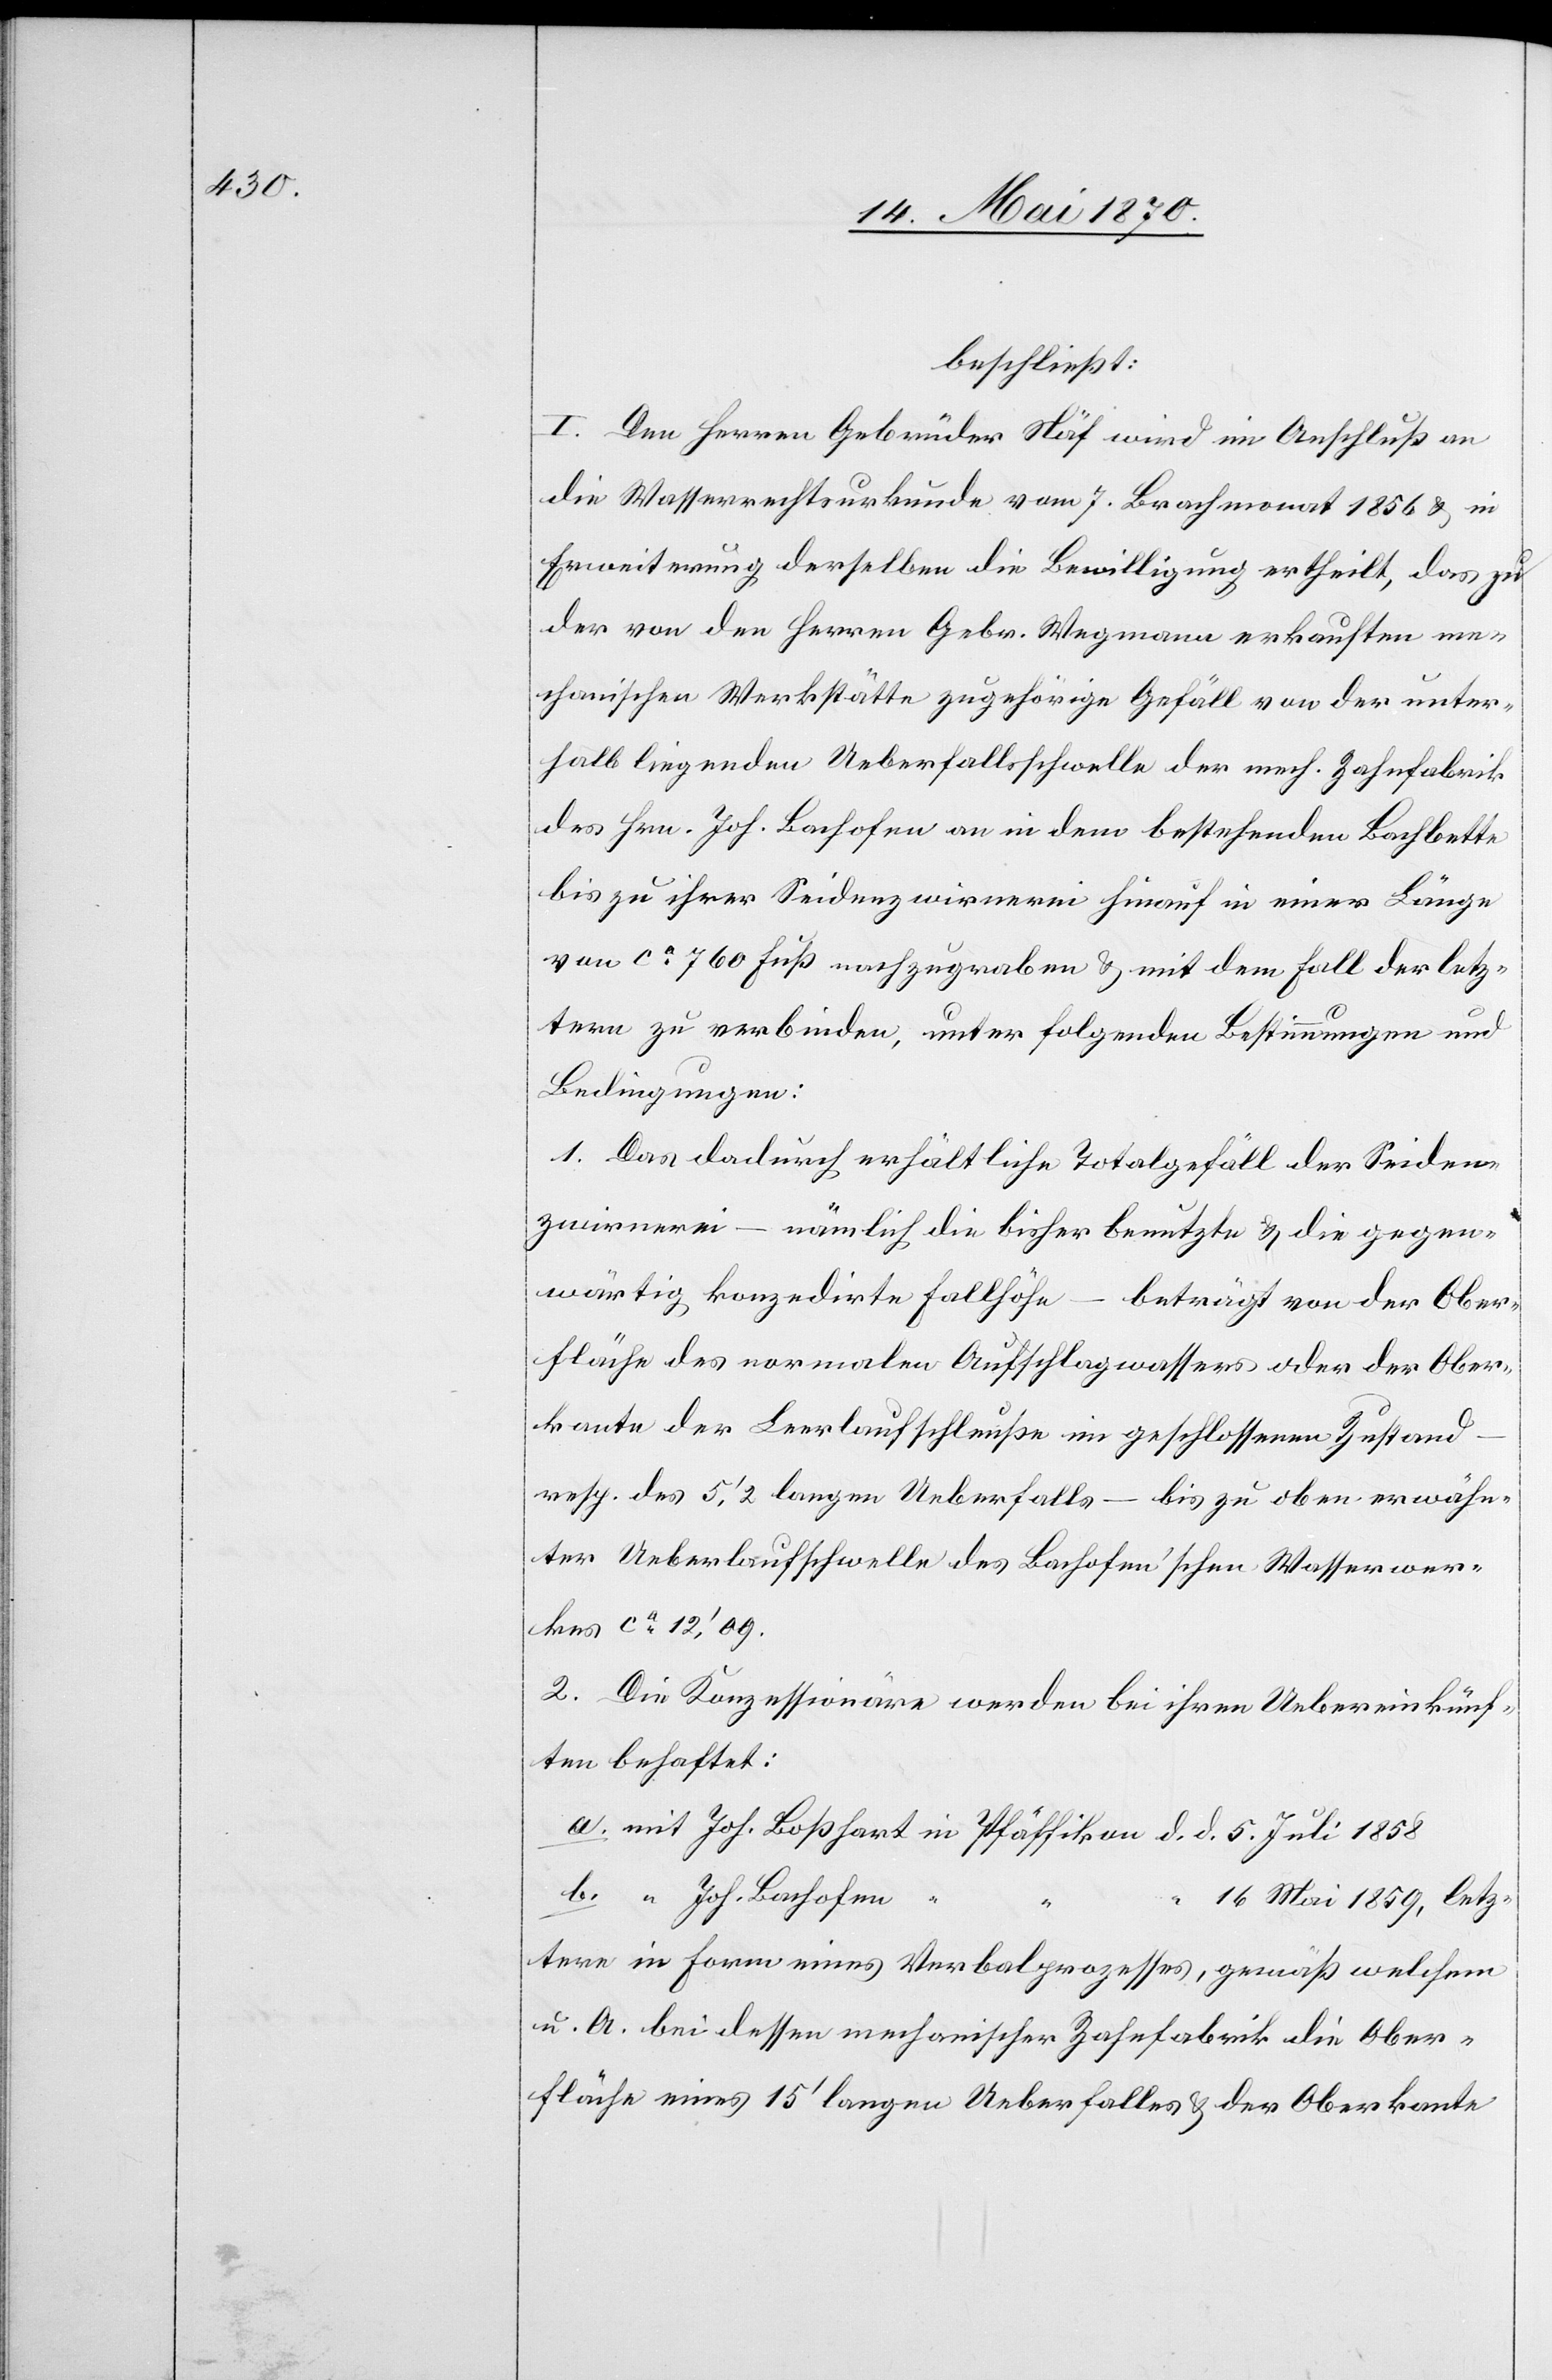
16. Mai 1859,
beschließt:
I. Den Herren Gebrüder Näf wird im Anschluß an
die Wasserrechtsurkunde vom 7. Brachmonat 1856 & in
Erweiterung derselben die Bewilligung ertheilt, das zu
der von den Herren Gebr. Wegmann erkauften me¬
chanischen Werkstätte zugehörige Gefäll von der unter¬
halb liegenden Ueberfallsschwelle der mech. Zahnfabrik
des Hrn. Joh. Bachofen an in dem bestehenden Bachbette
bis zu ihrer Seidenzwirnerei hinauf in einer Länge
von ca 760 Fuß nachzugraben & mit dem Fall der letz¬
tern zu verbinden, unter folgenden Bestimmungen und
Bedingungen:
1. Das dadurch erhältliche Totalgefäll der Seiden¬
zwirnerei – nämlich die bisher benutzte & die gegen¬
wärtige konzedirte Fallhöhe – beträgt von der Ober¬
fläche des normalen Aufschlagwassers oder der Ober¬
kante der Leerlaufschleuße im geschlossenen Zustand
resp. des 5‘,2 langen Ueberfalls – bis zu oben erwähn¬
ter Ueberlaufsschwelle des Bachofen’schen Wasserwer¬
kes ca 12‘,09.
2. Die Konzessionäre werden bei ihren Uebereinkünf¬
ten behaftet:
a. mit Joh. Boßhart in Pfäffikon d. d. 5. Juli 1858
b. “ Joh. Bachofen
letztere in Form eines Verbalprozesses, gemäß welchem
u. A. bei dessen mechanischer Zahnfabrik die Ober¬
fläche eines 15‘ langen Ueberfalls & der Oberkante